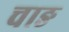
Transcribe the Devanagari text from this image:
चाङ